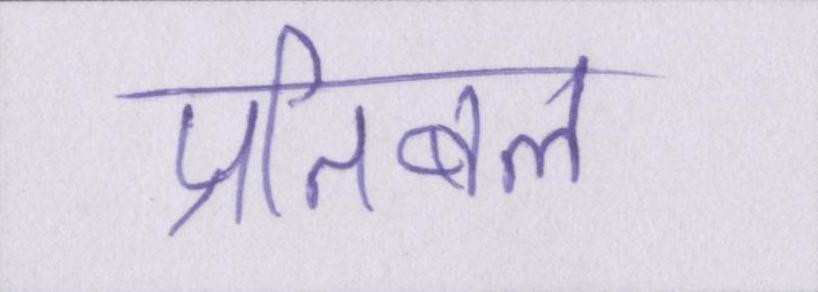
प्रतिबल